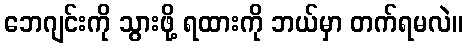
ဘေဂျင်းကို သွားဖို့ ရထားကို ဘယ်မှာ တက်ရမလဲ။